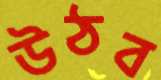
উঠব